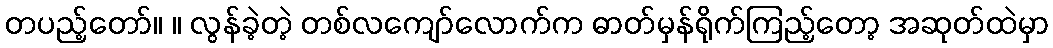
တပည့်တော်။ ။ လွန်ခဲ့တဲ့ တစ်လကျော်လောက်က ဓာတ်မှန်ရိုက်ကြည့်တော့ အဆုတ်ထဲမှာ